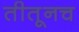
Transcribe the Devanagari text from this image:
तीतूनच